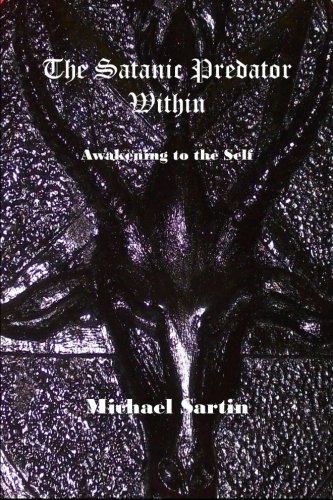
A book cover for The Satanic Predator Within: Awakening to the Self; Michael Sartin; Religion & Spirituality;